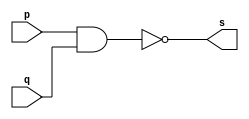
// -----------------------
// Exercicio0001 - NAND
// Nome: Felipe Barros Silva
// -----------------------

// -- nand gate

module nandgate (output s, input p, input q);

assign s = ~(p & q);
endmodule

//-------------------

// teste de module

module testnandgate;

reg a, b; //entrada
wire s; //saida

nandgate NAND1 (s, a, b);

//comea executar
initial begin: start
a=0; b=0;
end

//-- parte principal --
initial begin

$display ("teste NAND gate");
$display ("\na   b = s\n");
a=0; b=0;
#1 $display ("%b   %b = %b", a, b, s);
a=1; b=0;
 #1$display ("%b   %b = %b", a, b, s);
a=0; b=1;
#1$display ("%b   %b = %b", a, b, s);
a=1; b=1;
#1$display ("%b   %b = %b", a, b, s);
end // fim de teste

endmodule